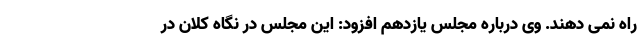
راه نمی دهند. وی درباره مجلس یازدهم افزود: این مجلس در نگاه کلان در